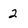
Character: 2